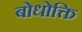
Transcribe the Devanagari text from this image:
बोधोक्ति